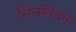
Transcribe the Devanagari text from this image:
सिलवियन